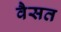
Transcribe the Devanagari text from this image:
वैसत